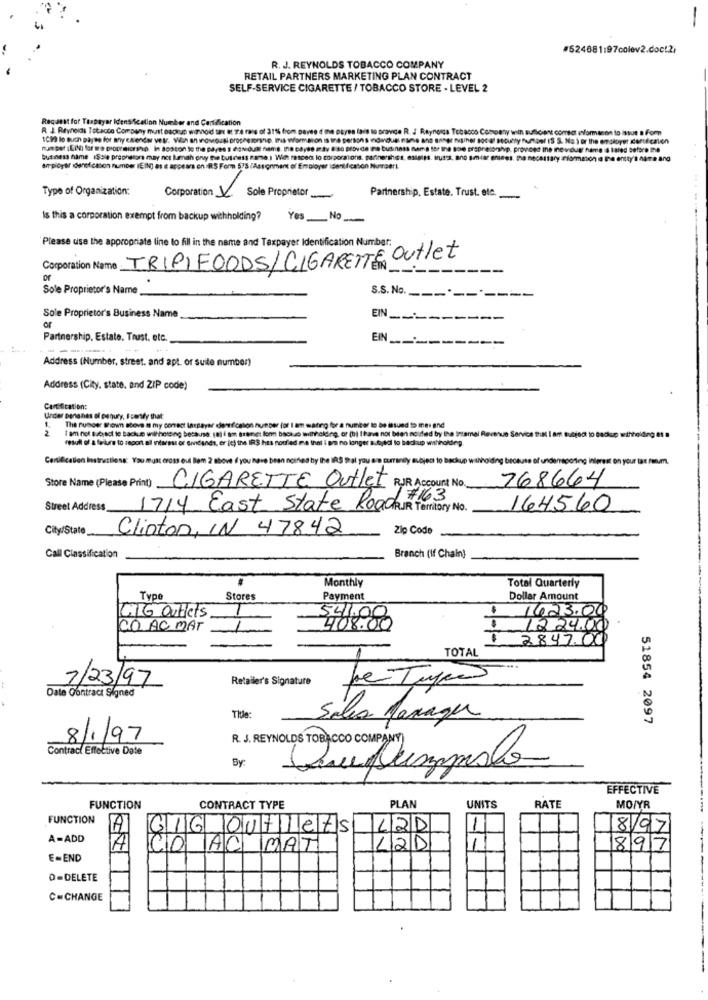
-
R. J. REYNOLDS TOBACCO COMPANY
RETAIL PARTNERS MARKETING PLAN CONTRACT
SELF-SERVICE CIGARETTE / TOBACCO STORE - LEVEL 2
Request for Taxpayer Identification Number and Certification
R. J. Reynolds Totacto Company must daoru winnod san et Te rans of 31% from pavee ' me payes fais so pravice R. J Reynolds Tobacco Company with sufficient correct evformacon to issue a Fom
R. J. Reynolds Totacto Company must Backup winod Ih MT
number :E() for me proprietorsho. In Boston to the payes s egndult name. Ina Dayse i dy 8 86 provide to business fama for the sole proprietorship, provost ine inovouet name a laled before the
business name ISsie prephstore may not Imah ory the business game .; Wich resced lo corporaions. partnershes, estelss. Mut's, ano smier eniees, the necessary information in the entty's name and
am pióyer denefiction number (EIN) as it appears on IRS Form 575 /Assignment of Employer Identification Number !.
Type of Organization:
Corporation V
Sole Proprietor
Partnership. Estate. Trust. etc.
Is this a corporation exempt from backup withholding? Yes No
Please use the appropriate line to fill in the name and Taxpayer Identification Number:
TRIPIFOODS/CIGARETTE Outlet
Corporation Name
---------
or
Sole Proprietor's Name_
S.S. No. -----------
Sole Proprietor's Business Name
EIN ---------
of
Partnership, Estate. Trust, etc.
EN __-------
Address (Number, street, and apt. or suite numben)
Address (City, state, and ZIP code)
Under Denanas ol pegury, I certify that
1
I am not tubadi to backup wilthelsing because (a) i am Brenet fone backzo withholding, of (b) I harve not bien noided by the irsemal Rent
The runder shown above m my correct taxpayer dennfication number for I am matro for a number to be issued to mei and
resull of a failure to report al Interest or emndands, er (c) the IRS has noufled me that i pra no longer subjedl to badupp withholding.
veun Service that I am sucrodl
Certification Instructions: You must cross oud hom 2 above if you have been noires by the IRS tal you are currently subject to backup
pering
Store Name (Please Print) CIGARETTE Outlet RUR Account No.
768664
#163
Street Address
1714 East State RoadRIR Territory No.
164560
City/State
Clinton, IN 47842
Zip Code
Call Classification
Branch (If Chain)
Monthly
Total Quarterly
Type
Stores
Payment
Dollar Amount
GIG Outlets
.
1623.00
541.00
CO AC MAT
408.00
12 24.00
£ 2847.00
TOTAL
Retailer's Signature
Date Contract Signed
7/23/97
Thule:
Sales Manager
51854 2097
8/1/97
Contract Effective Date
R. J. REYNOLDS TOBACCO COMPANY
By:
QuePumpido
EFFECTIVE
FUNCTION
CONTRACT TYPE
PLAN
UNITS
RATE
MO/YR
FUNCTION
CIG Outlets
L2D
8/92
A-ADD
A
CO AC MAT
L2D
897
E-END
O=DELETE
C=CHANGE